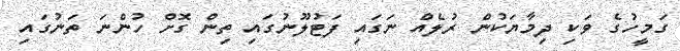
ގަމީހުގެ ވަކި ދިމާޔަކުން ރުލެއް ނަގައި ފަޓުލޫނުގައި ތިން ގޮށް ހުންނަ ތަނުގައި